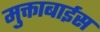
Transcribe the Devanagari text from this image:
मुक्ताबाईस